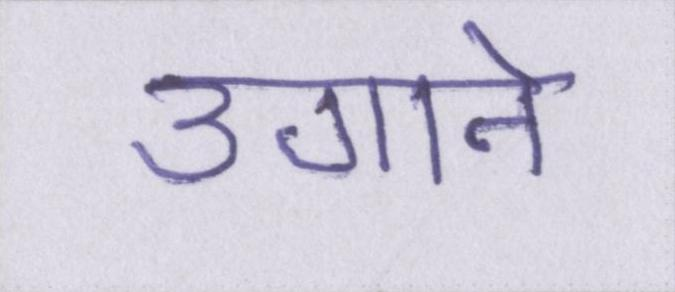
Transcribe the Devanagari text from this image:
उगाने